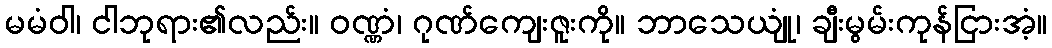
မမံဝါ၊ ငါဘုရား၏လည်း။ ဝဏ္ဏံ၊ ဂုဏ်ကျေးဇူးကို။ ဘာသေယျုံ၊ ချီးမွမ်းကုန်ငြားအံ့။